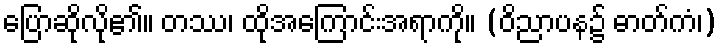
ပြောဆိုလို၏။ တဿ၊ ထိုအကြောင်းအရာကို။ (ဝိညာပန၌ ဓာတ်ကံ၊)